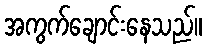
အကွက်ချောင်းနေသည်။